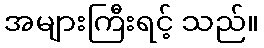
အများကြီးရင့် သည်။